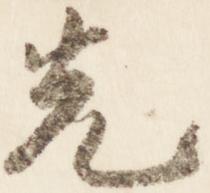
先